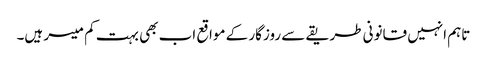
تاہم انہیں قانونی طریقے سے روزگار کے مواقع اب بھی بہت کم میسر ہیں۔